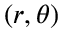
\left( r , \theta \right)